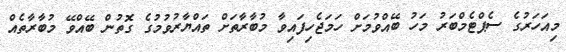
މިއަހަރުގެ ސެޕްޓެމްބަރު މަހު ބޭއްވުމަށް ހަމަޖެހިފައިވާ މުބާރާތަށް ތައްޔާރުވުމުގެ ގޮތުން ބޭއްވޭ މުބާރާތެއް